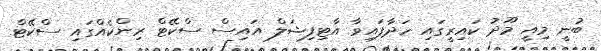
ބުނީ މިއީ މޫދު ކައިރީގައި ހަދާފައިވާ އާޓިފިޝަލް އައިސް ސްކޭޓް ރިންކެއްގައި ސްކޭޓް